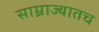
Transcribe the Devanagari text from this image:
साम्राज्यातच